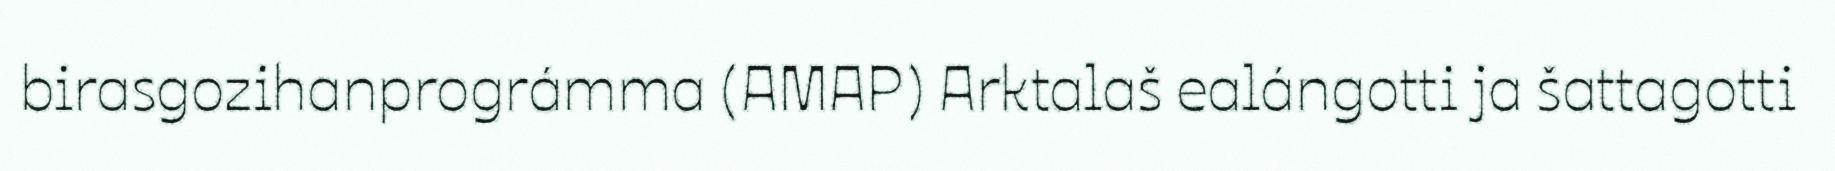
birasgozihanprográmma (AMAP) Arktalaš ealángotti ja šattagotti